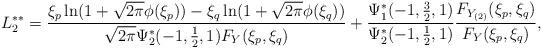
LaTeX: \begin{align*} L_{2}^{\ast\ast}&=\frac{\xi_{p}\ln(1+\sqrt{2\pi}\phi(\xi_{p}))-\xi_{q}\ln(1+\sqrt{2\pi}\phi(\xi_{q}))}{\sqrt{2\pi}\Psi_{2}^{\ast}(-1,\frac{1}{2},1)F_{Y}(\xi_{p},\xi_{q})}+\frac{\Psi_{1}^{\ast}(-1,\frac{3}{2},1)}{\Psi_{2}^{\ast}(-1,\frac{1}{2},1)}\frac{F_{Y_{(2)}}(\xi_{p},\xi_{q})}{F_{Y}(\xi_{p},\xi_{q})},\end{align*}